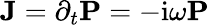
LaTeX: \textbf{J}=\partial_{t}\textbf{P}=-\mathrm{i}\omega\textbf{P}